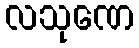
လသုဏေ